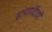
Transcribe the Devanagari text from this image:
इत्यादिंची